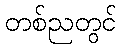
တစ်ညတွင်